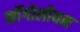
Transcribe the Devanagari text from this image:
मॉंगोलीयन